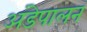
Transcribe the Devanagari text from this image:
अंडेपालन